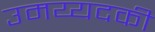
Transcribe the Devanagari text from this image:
उमय्यदकी